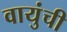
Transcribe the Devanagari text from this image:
वायुंची